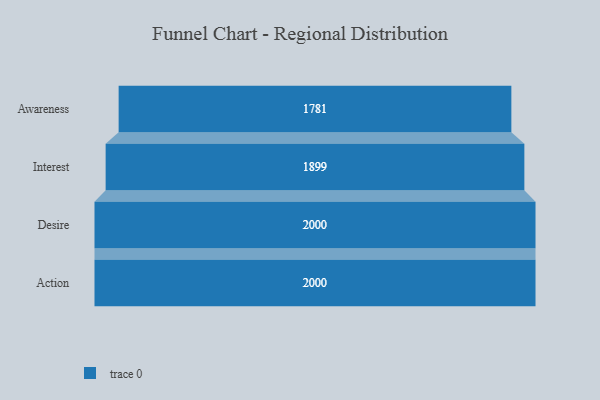
{"axis": {"x": "Stage", "y": "Value"}, "legend": [""], "data": [{"x": "Awareness", "y": 1781.0, "type": ""}, {"x": "Interest", "y": 1899.0, "type": ""}, {"x": "Desire", "y": 2000, "type": ""}, {"x": "Action", "y": 2000, "type": ""}]}